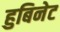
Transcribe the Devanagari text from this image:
हुबिनेट